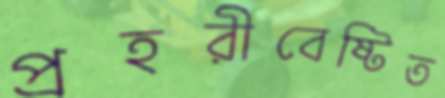
প্রহরীবেষ্টিত